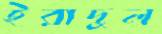
ইরাদুল